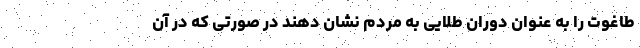
طاغوت را به عنوان دوران طلایی به مردم نشان دهند در صورتی که در آن